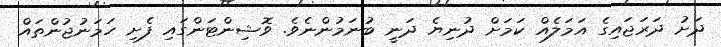
ދަށު ދަރަޖައިގެ އަމަލެއް ކަމަށް ދުނިޔެ ދަނީ ބުނަމުންނެވެ. ވޮޝިންޓަންގައި ފެށި ހަމަނުޖުންތައް